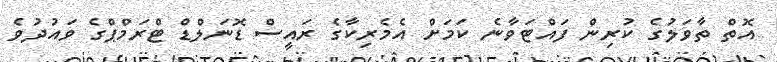
އޮތް ތާވަލުގެ ކުރިން ފައްޓަވާނެ ކަމަށް އެމެރިކާގެ ރައީސް ޑޮނަލްޑް ޓްރަމްޕްގެ ވައުދުވެ